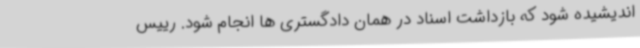
اندیشیده شود که بازداشت اسناد در همان دادگستری ها انجام شود. رییس